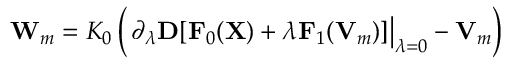
{ \bf W } _ { m } = { \cal K } _ { 0 } \left( \left. \partial _ { \lambda } { \bf D } [ { \bf F } _ { 0 } ( { \bf X } ) + \lambda { \bf F } _ { 1 } ( { \bf V } _ { m } ) ] \right\vert _ { \lambda = 0 } - { \bf V } _ { m } \right)